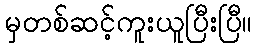
မှတစ်ဆင့်ကူးယူပြီးပြီ။